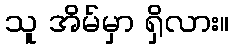
သူ အိမ်မှာ ရှိလား။